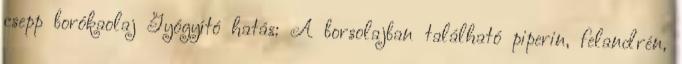
csepp borókaolaj Gyógyító hatás: A borsolajban található piperin, felandrén,